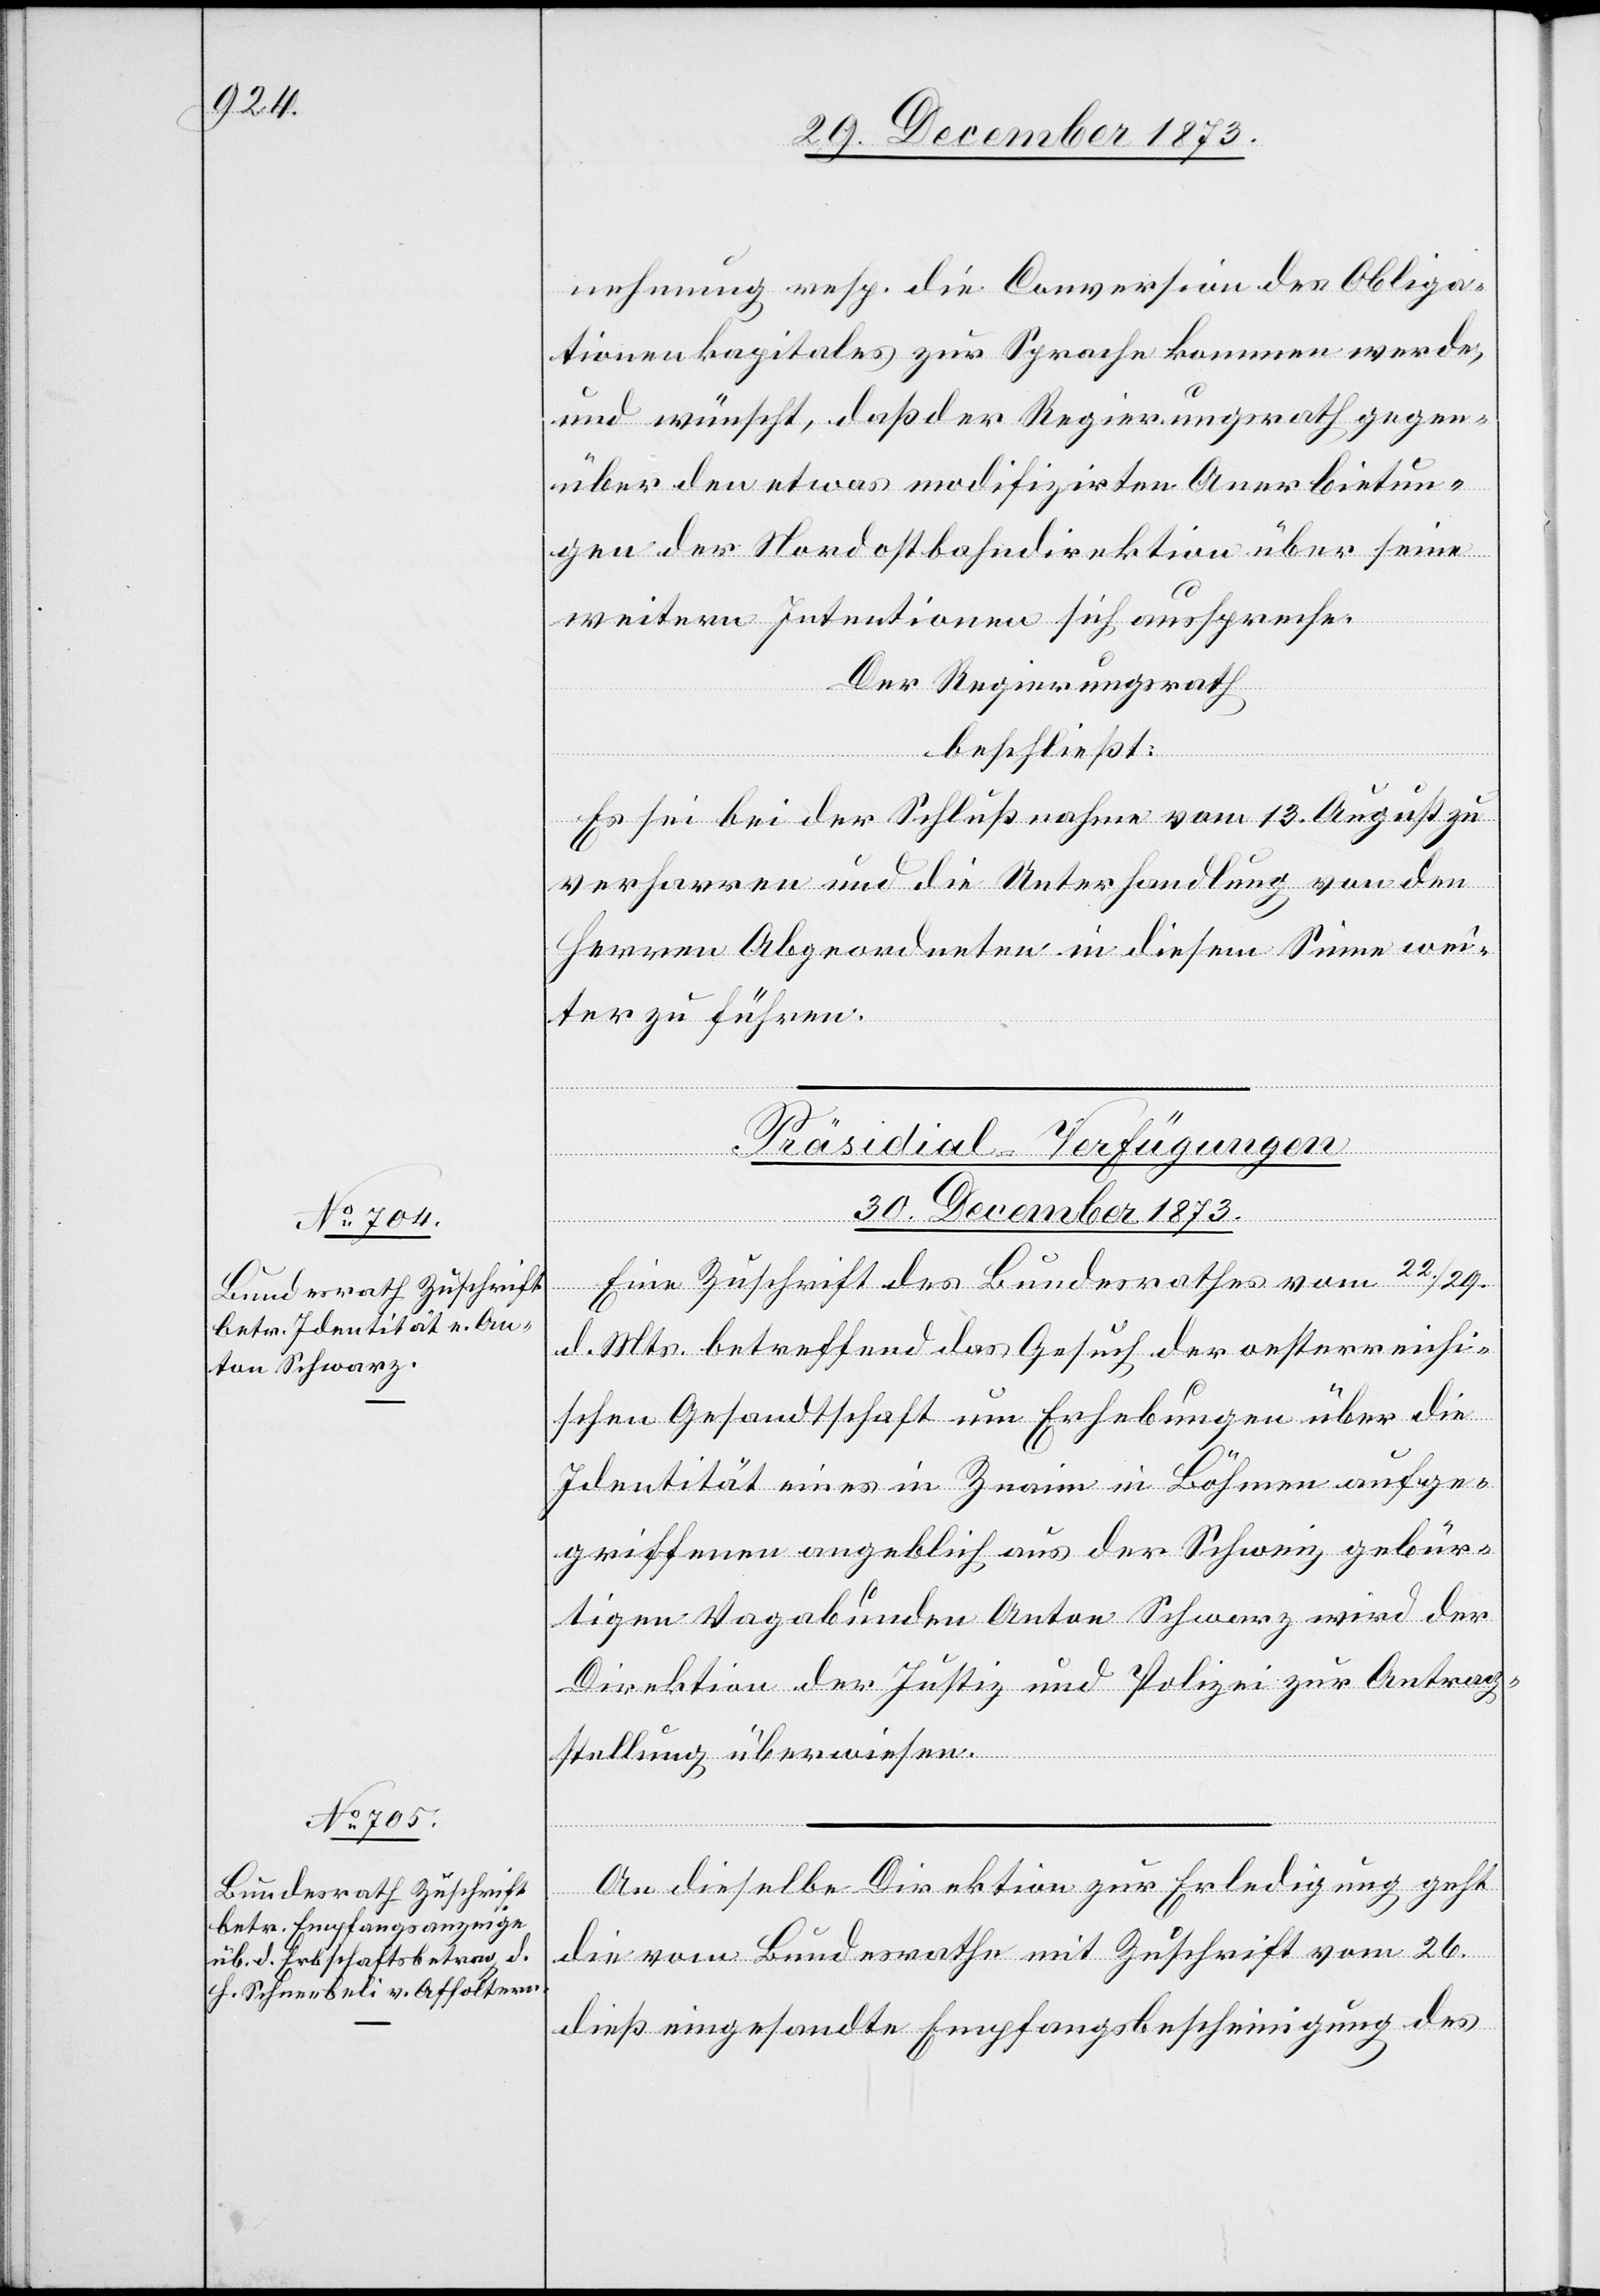
nehmung resp. die Conversion des Obliga¬
tionenkapitales zur Sprache kommen werde,
und wünscht, daß der Regierungsrath gegen¬
über den etwas modifizirten Anerbietun¬
gen der Nordostbahndirektion über seine
weitern Intentionen sich ausspreche.
Der Regierungsrath
beschließt:
Es sei bei der Schlußnahme vom 13. August zu
verharren und die Unterhandlung von den
Herren Abgeordneten in diesem Sinne wei¬
ter zu führen.
[Präsidial-Verfügungen
30. December 1873.]
Eine Zuschrift des Bundesrathes vom 22./29.
d. Mts. betreffend das Gesuch der oesterreichi¬
schen Gesandtschaft um Erhebungen über die
Identität eines in Znaim in Böhmen aufge¬
griffenen angeblich aus der Schweiz gebür¬
tigen Vagabunden Anton Schwarz wird der
Direktion der Justiz und Polizei zur Antrag¬
stellung überwiesen.
An dieselbe Direktion zur Erledigung geht
die vom Bundesrathe mit Zuschrift vom 26.
dieß eingesandte Empfangsbescheinigung des